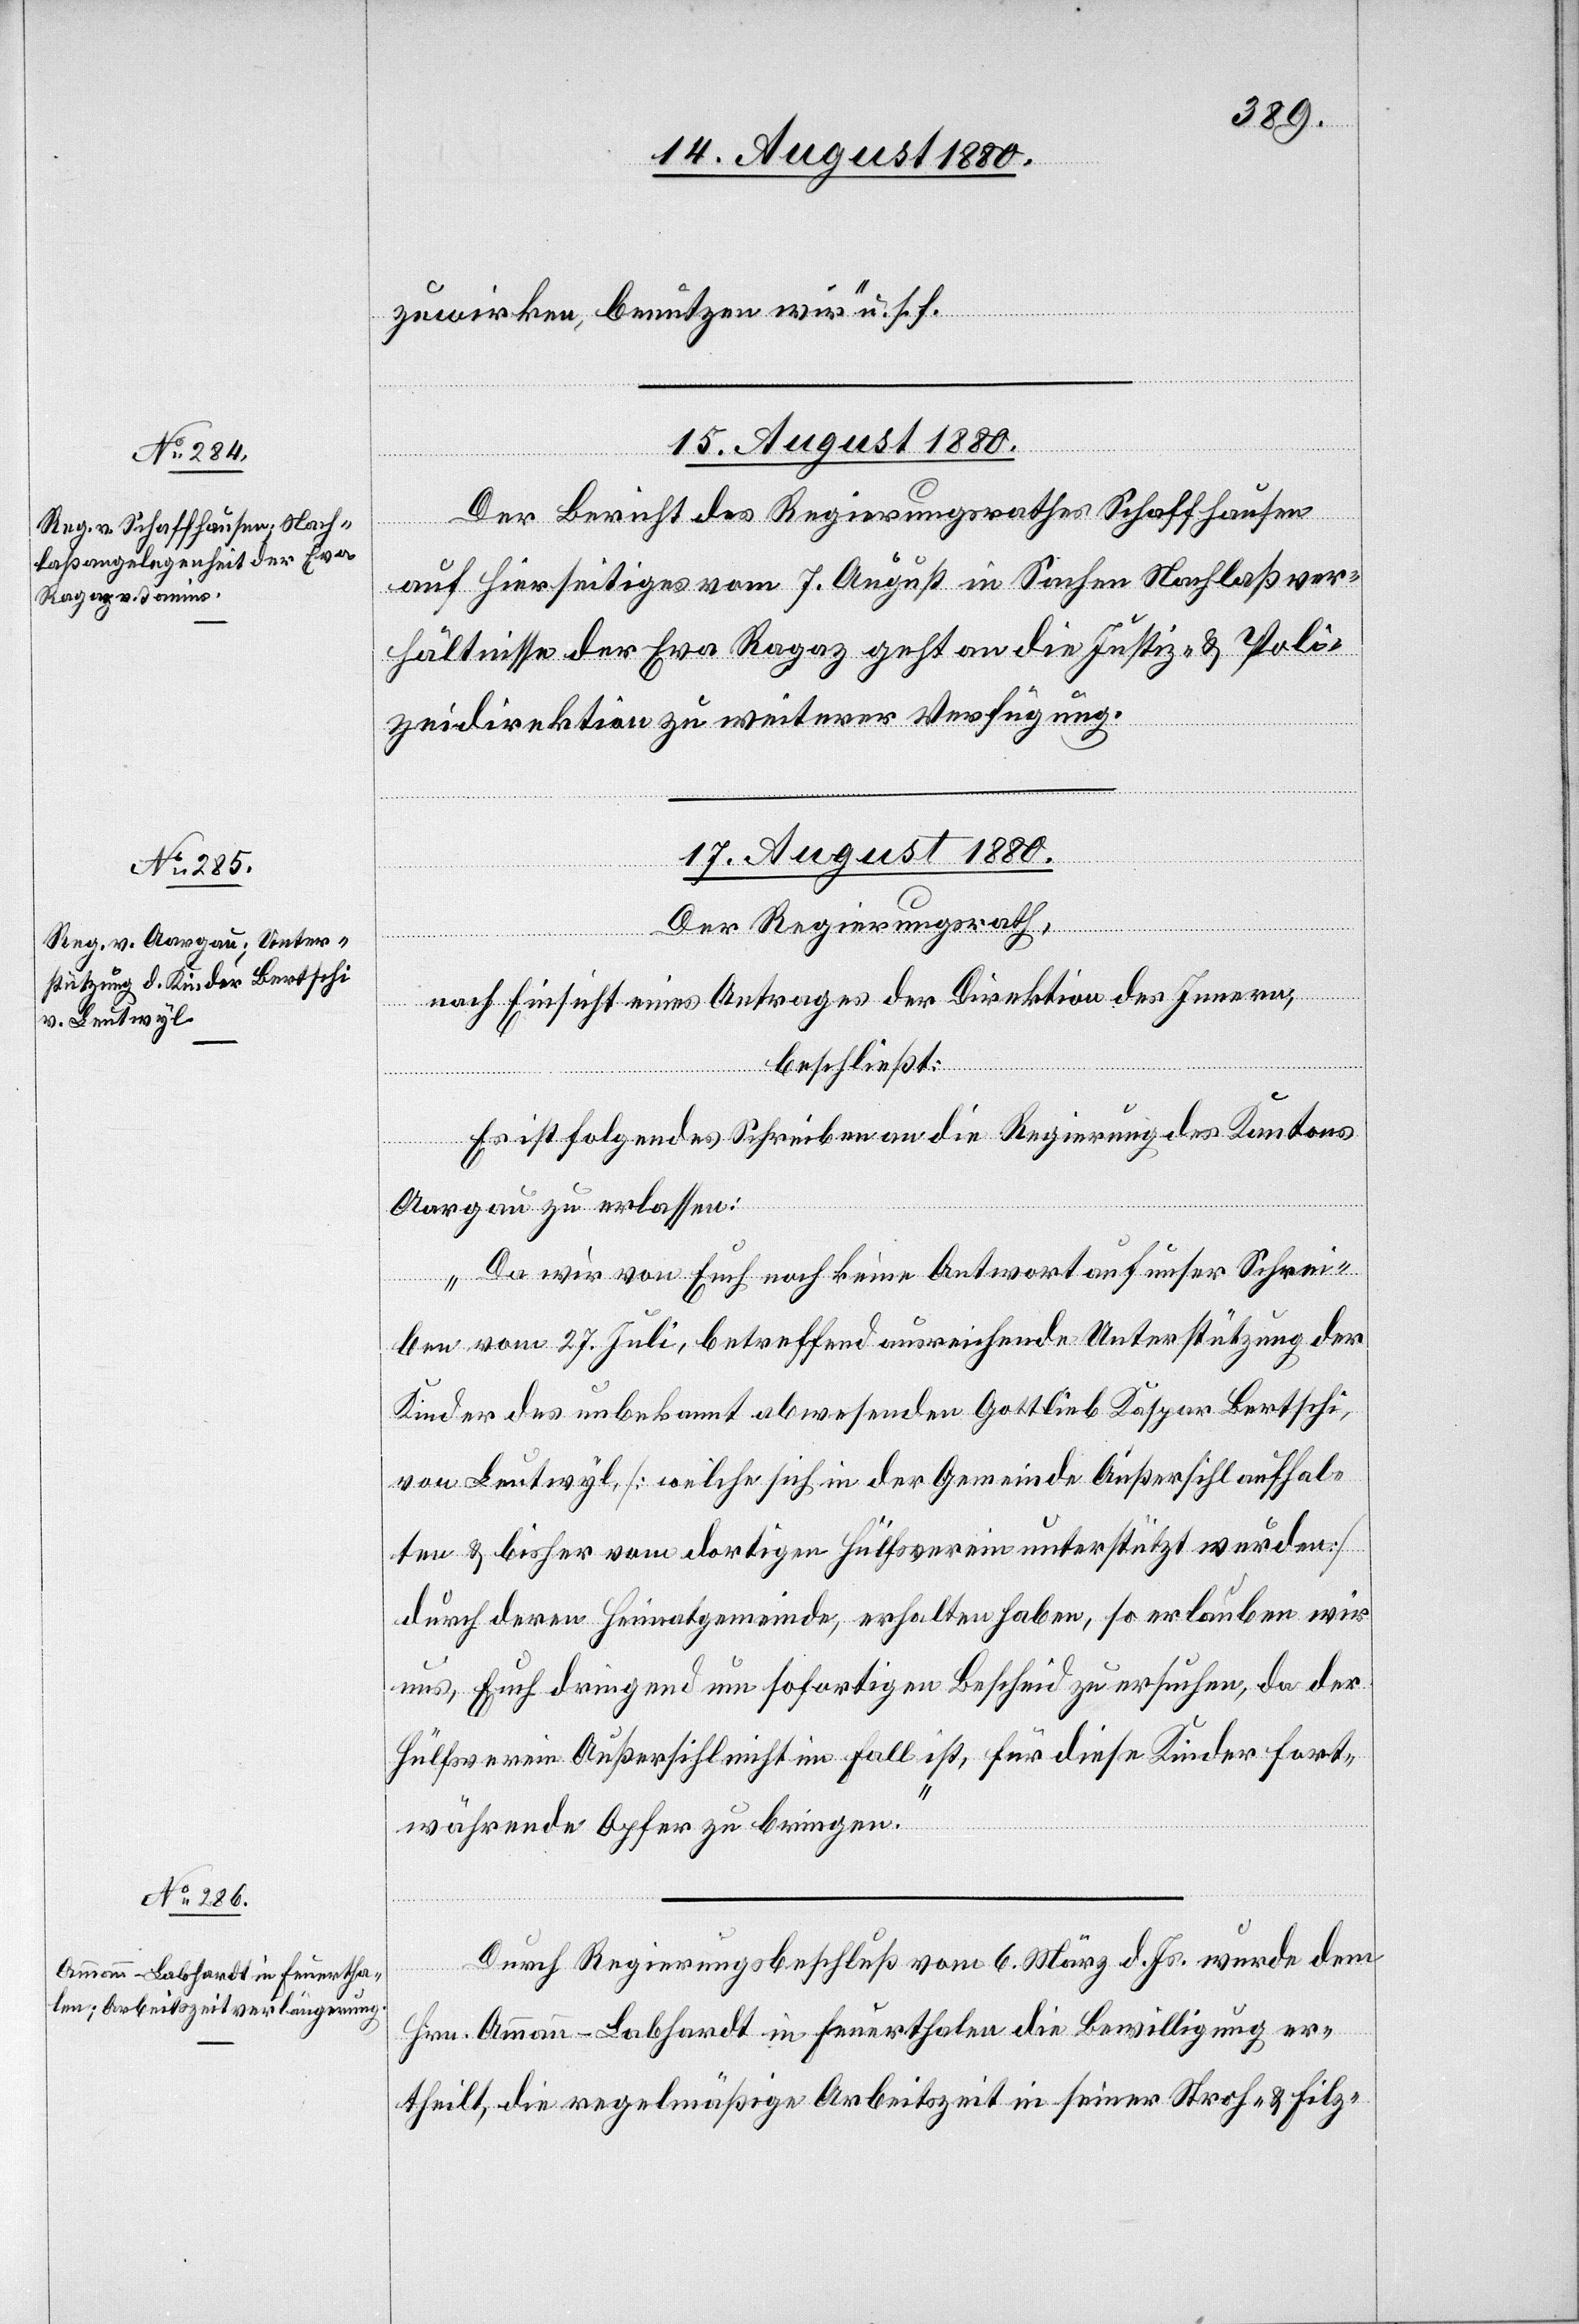
erf¬
ügungen.
zuwirken, benutzen wir“ u. s. f.
17. August 1880.]
Der Bericht des Regierungsrathes Schaffhausen
auf hierseitiges vom 7. August in Sachen Nachlaßver¬
hältnisse der Eva Ragaz geht an die Justiz- & Poli¬
zeidirektion zu weiterer Verfügung.
17. August 1880.
Der Regierungsrath,
nach Einsicht eines Antrages der Direktion des Innern,
beschließt:
Es ist folgendes Schreiben an die Regierung des Kantons
Aargau zu erlassen:
„Da wir von Euch noch keine Antwort auf unser Schrei¬
ben vom 27. Juli, betreffend ausreichende Unterstützung der
Kinder des unbekannt abwesenden Gottlieb Kaspar Bertschi
von Leutwyl, [welche sich in der Gemeinde Außersihl aufhal¬
ten & bisher vom dortigen Hülfsverein unterstützt wurden]
durch deren Heimatgemeinde, erhalten haben, so erlauben wir
uns, Euch dringend um sofortigen Bescheid zu ersuchen, da der
Hülfsverein Außersihl nicht im Fall ist, für diese Kinder fort¬
währende Opfer zu bringen.“
Durch Regierungsbeschluß vom 6. März d. Js. wurde dem
Hrn. Ammann-Labhardt in Feuerthalen die Bewilligung er¬
theilt, die regelmäßige Arbeitszeit in seiner Stroh- & Filz-